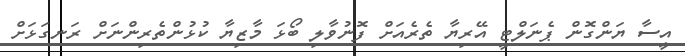
އީސާ ޔަންގޮން ޕެނަލްޓީ އޭރިޔާ ތެރެއަށް ފޮނުވާލި ބޯޅަ މާޒިޔާ ކުޅުންތެރިންނަށް ރަނގަޅަށް